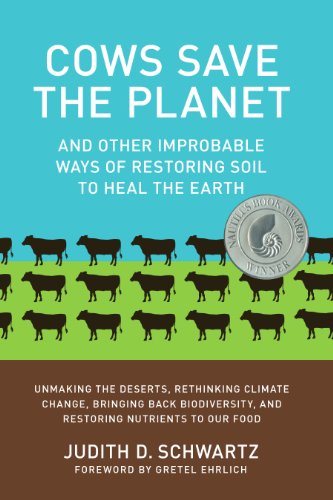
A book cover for Cows Save the Planet: And Other Improbable Ways of Restoring Soil to Heal the Earth; Judith D. Schwartz; Science & Math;